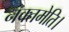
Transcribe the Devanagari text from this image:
नक्तमेति।